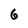
Character: 6